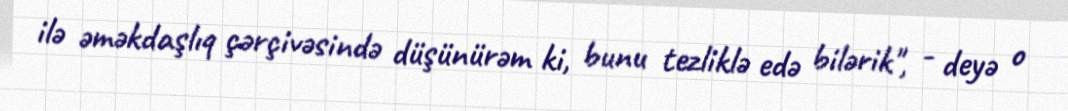
ilə əməkdaşlıq çərçivəsində düşünürəm ki, bunu tezliklə edə bilərik", - deyə o